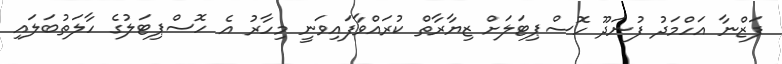
ފަޒްނާ އަހްމަދު ފުނަދޫ ހޮސްޕިޓަލަށް ޒިޔާރާތް ކުރައްވާފައިވަނީ މިހާރު އެ ހޮސްޕިޓަލުގެ ހާލަތުބަލައި